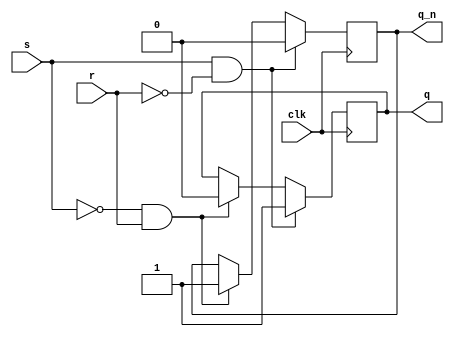
/*
Verilog data-flow modelling for SR Flip-Flop
saved in sr_flipflop.v 
*/

`timescale 1ns/1ns

module sr_flipflop(s,r,clk,q,q_n);
    input s,r,clk;
    output reg q,q_n;

    always @(posedge clk) begin
       if(s & ~r)begin
            q <= 1'b1; q_n <= 1'b0;
       end
       else if(~s & r)begin
            q <= 1'b0; q_n <= 1'b1;
       end
       else begin
            q <= q; q_n <= q_n;
       end
    end
endmodule